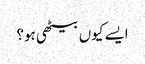
ایسے کیوں بیٹھی ہو؟